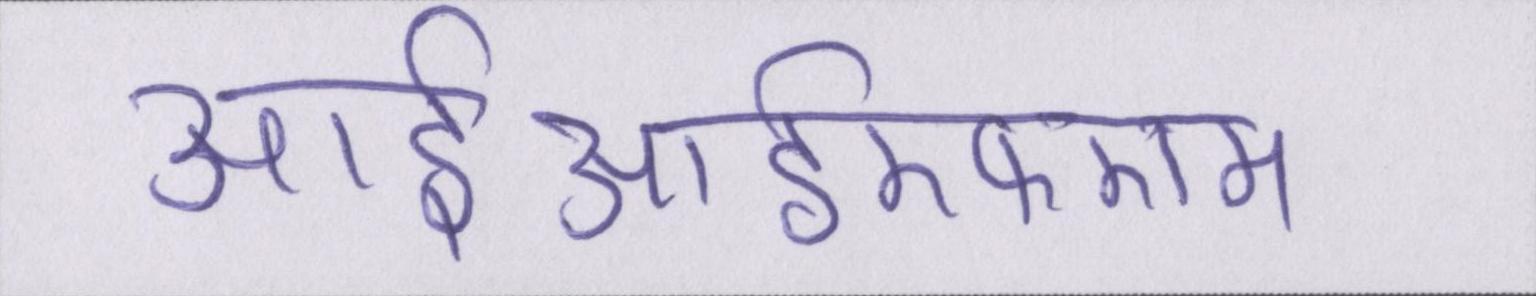
आईआईएफएम